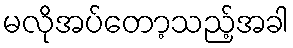
မလိုအပ်တော့သည့်အခါ